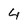
Character: 4